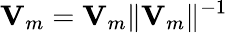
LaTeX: {\mathbf V}_{m}={\mathbf V}_{m}\| {\mathbf V}_{m}\| ^{-1}